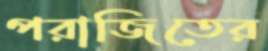
পরাজিতের